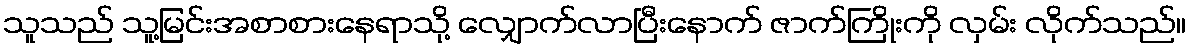
သူသည် သူ့မြင်းအစာစားနေရာသို့ လျှောက်လာပြီးနောက် ဇာက်ကြိုးကို လှမ်း လိုက်သည်။